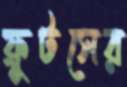
ফ্রুটসের